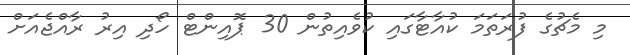
މި މެޗުގެ ފުރަތަމަ ކުއާޓާގައި ކުވެއިތުން 30 ޕޮއިންޓް ހޯދި އިރު ރާއްޖެއަށް